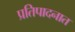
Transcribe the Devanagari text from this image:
प्रतिपादनात